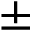
\mathrm { \pm }